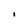
Character: 1